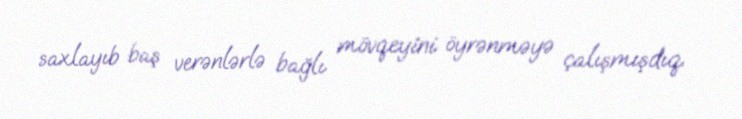
saxlayıb baş verənlərlə bağlı mövqeyini öyrənməyə çalışmışdıq.